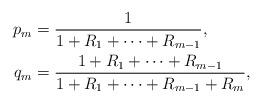
LaTeX: \begin{align*}p_m&=\frac{1}{1+R_1+\dots+R_{m-1}},\\q_m&=\frac{1+R_1+\dots+R_{m-1}}{1+R_1+\dots+R_{m-1}+R_m},\end{align*}